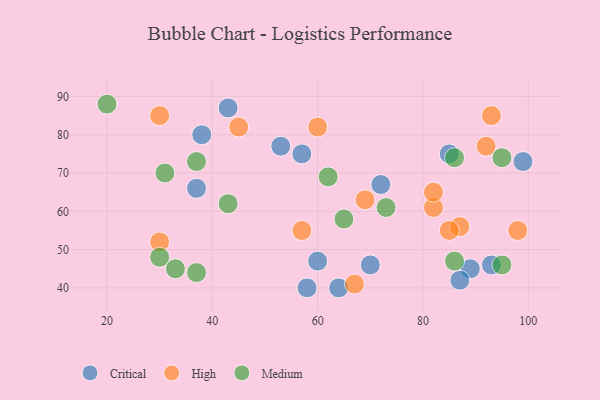
{"axis": {"x": "GDP", "y": "Life Expectancy"}, "legend": ["Critical", "High", "Medium"], "data": [{"x": "99", "y": 73, "type": "Critical"}, {"x": "64", "y": 40, "type": "Critical"}, {"x": "70", "y": 46, "type": "Critical"}, {"x": "89", "y": 45, "type": "Critical"}, {"x": "43", "y": 87, "type": "Critical"}, {"x": "37", "y": 66, "type": "Critical"}, {"x": "57", "y": 75, "type": "Critical"}, {"x": "53", "y": 77, "type": "Critical"}, {"x": "38", "y": 80, "type": "Critical"}, {"x": "58", "y": 40, "type": "Critical"}, {"x": "85", "y": 75, "type": "Critical"}, {"x": "72", "y": 67, "type": "Critical"}, {"x": "60", "y": 47, "type": "Critical"}, {"x": "93", "y": 46, "type": "Critical"}, {"x": "87", "y": 42, "type": "Critical"}, {"x": "87", "y": 56, "type": "High"}, {"x": "30", "y": 52, "type": "High"}, {"x": "60", "y": 82, "type": "High"}, {"x": "82", "y": 61, "type": "High"}, {"x": "85", "y": 55, "type": "High"}, {"x": "98", "y": 55, "type": "High"}, {"x": "57", "y": 55, "type": "High"}, {"x": "82", "y": 65, "type": "High"}, {"x": "93", "y": 85, "type": "High"}, {"x": "45", "y": 82, "type": "High"}, {"x": "67", "y": 41, "type": "High"}, {"x": "69", "y": 63, "type": "High"}, {"x": "30", "y": 85, "type": "High"}, {"x": "92", "y": 77, "type": "High"}, {"x": "30", "y": 48, "type": "Medium"}, {"x": "33", "y": 45, "type": "Medium"}, {"x": "20", "y": 88, "type": "Medium"}, {"x": "95", "y": 74, "type": "Medium"}, {"x": "86", "y": 74, "type": "Medium"}, {"x": "95", "y": 46, "type": "Medium"}, {"x": "73", "y": 61, "type": "Medium"}, {"x": "43", "y": 62, "type": "Medium"}, {"x": "65", "y": 58, "type": "Medium"}, {"x": "37", "y": 73, "type": "Medium"}, {"x": "31", "y": 70, "type": "Medium"}, {"x": "62", "y": 69, "type": "Medium"}, {"x": "37", "y": 44, "type": "Medium"}, {"x": "86", "y": 47, "type": "Medium"}]}